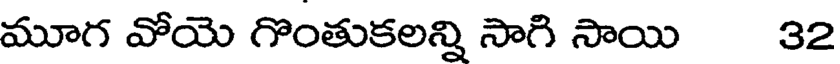
మూగ వోయె గొంతుకలన్ని సాగి సాయి 32